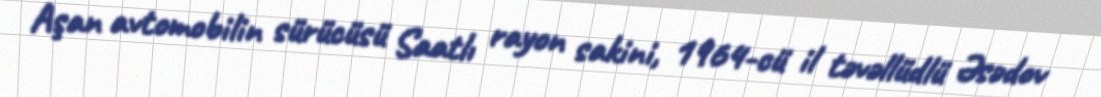
Aşan avtomobilin sürücüsü Saatlı rayon sakini, 1964-cü il təvəllüdlü Əsədov